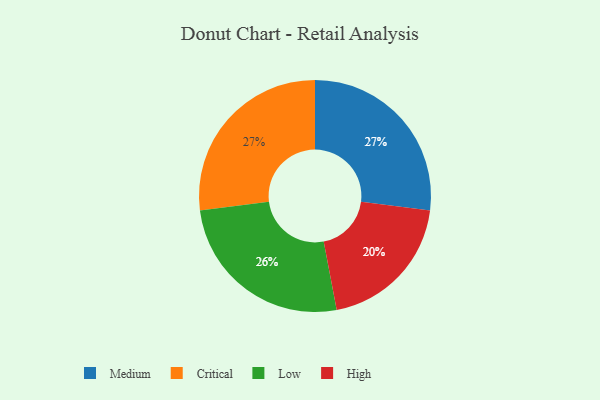
{"axis": {"x": "Category", "y": "Percentage"}, "legend": ["Critical", "High", "Low", "Medium"], "data": [{"x": "Medium", "y": 27, "type": "Medium"}, {"x": "Critical", "y": 27, "type": "Critical"}, {"x": "High", "y": 20, "type": "High"}, {"x": "Low", "y": 26, "type": "Low"}]}